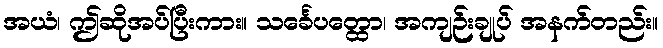
အယံ၊ ဤဆိုအပ်ပြီးကား။ သင်္ခေပတ္ထော၊ အကျဉ်းချုပ် အနက်တည်း။